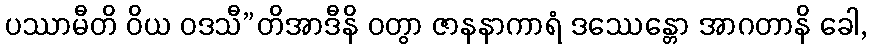
ပဿာမီတိ ဝိယ ဝဒသီ”တိအာဒီနိ ဝတွာ ဇာနနာကာရံ ဒဿေန္တော အာဂတာနိ ခေါ,